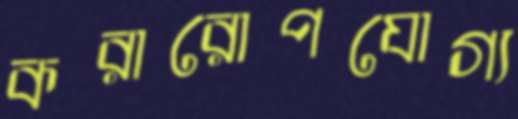
করারোপযোগ্য